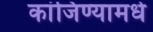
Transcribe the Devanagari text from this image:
कांजिण्यामधे